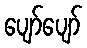
ပျော်ပျော်